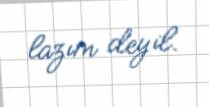
lazım deyil.